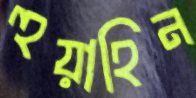
হুয়াহিন